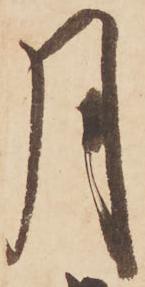
月